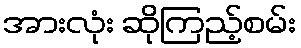
အားလုံး ဆိုကြည့်စမ်း